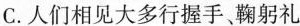
C.人们相见大多行握手、鞠躬礼